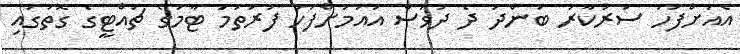
އެއަށްފަހު ސަރުކާރު ބަންދު ދެ ދުވަސް އައުމަށްފަހު ފުރަތަމަ ޓާމުގެ ޗުއްޓީގެ ގޮތުގައި